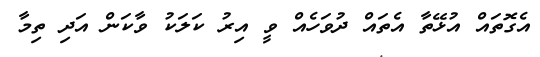
އެގޮތައް އުޅޭތާ އެތައް ދުވަހެއް ވީ އިރު ކަލަކު ވާކަން އަދި ތިމާ